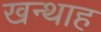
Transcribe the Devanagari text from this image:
खन्‍थाह